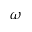
\omega